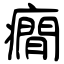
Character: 癇